Report on the working of the mental hospitals for Indians in Bihar and Orissa - 1925-1929
Year: 1925
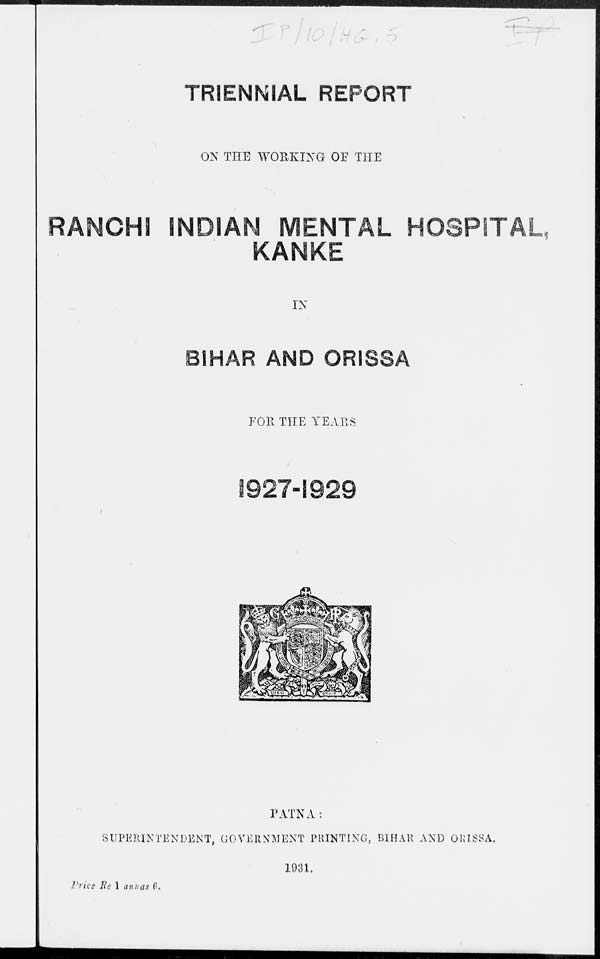
TRIENNIAL REPORT
ON THE WORKING OF THE
RANCHI INDIAN MENTAL HOSPITAL,
KANKE
IN
BIHAR AND ORISSA
FOR THE YEARS
1927-1929
PATNA:
SUPERINTENDENT, GOVERNMENT PRINTING, BIHAR AND ORISSA.
1931.
Price Re 1 annas 6.